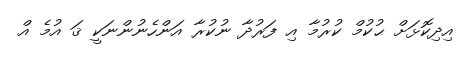
އިދިކޮޅަށް ޙުކުމް ކުރުމާ އި ފަރުދާ ނުކުރާ އަންހެނުންނަކީ ޤަ އުމެ އް